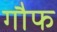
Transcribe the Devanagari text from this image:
गौफ